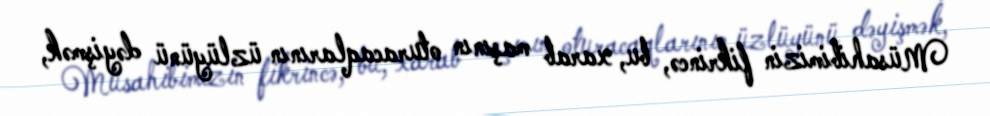
Müsahibimizin fikrincə, bu, xarab maşının oturacaqlarının üzlüyünü dəyişmək,